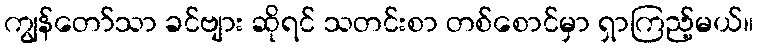
ကျွန်တော်သာ ခင်ဗျား ဆိုရင် သတင်းစာ တစ်စောင်မှာ ရှာကြည့်မယ်။